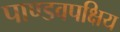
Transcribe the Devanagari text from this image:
पाण्डवपक्षिय